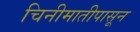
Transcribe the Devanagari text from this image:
चिनीमातीपासून